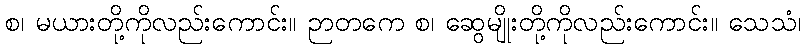
စ၊ မယားတို့ကိုလည်းကောင်း။ ဉာတကေ စ၊ ဆွေမျိုးတို့ကိုလည်းကောင်း။ သေသံ၊